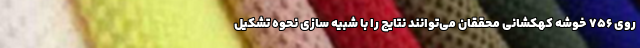
روی ۷۵۶ خوشه کهکشانی محققان می‌توانند نتایج را با شبیه سازی نحوه تشکیل